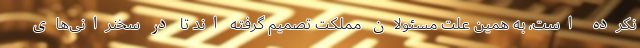
نکرده است، به همین علت مسئولان مملکت تصمیم گرفته اند تا در سخنرانی‌های